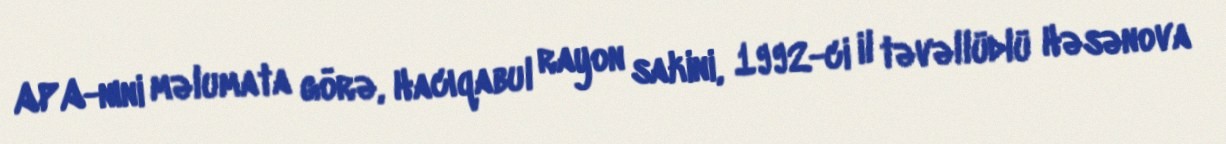
APA-nıni məlumata görə, Hacıqabul rayon sakini, 1992-ci il təvəllüdlü Həsənova